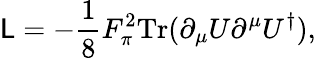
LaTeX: {\cal\mathsf{L}}=-{\frac{{1}}{{8}}}F_{\pi}^{2}\mathrm{{Tr}}(\partial_{\mu}U\partial^{\mu}U^{\dagger}),